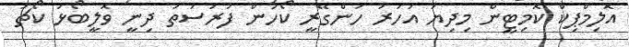
އޮލިމްޕިކް ކޮމިޓީން މިދިޔަ އަހަރު ހަންގޭރީ ކޯހުން ފުރުސަތު ދިނީ ވޮލީބޯޅަ ކޯޗު